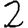
Digit: 2